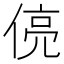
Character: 𬾻